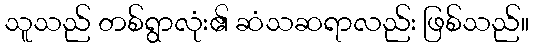
သူသည် တစ်ရွာလုံး၏ ဆံသဆရာလည်း ဖြစ်သည်။